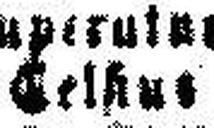
Celsius